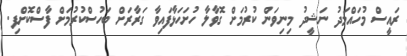
ރައީސް މުހައްމަދު ނަޝީދު މިނިވަން ކުރުމަށް ގޮވާލާ ހުށަހަޅާފައިވާ ގަރާރަށް ބަހުސްކުރުމަށް ފާސްކޮށްފި.